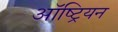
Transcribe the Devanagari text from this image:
ऑष्ट्रियन